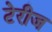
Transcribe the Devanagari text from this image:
टेरीज